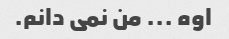
اوه ... من نمی دانم.